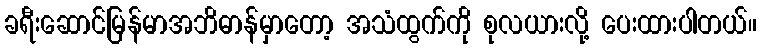
ခရီးဆောင်မြန်မာအဘိဓာန်မှာတော့ အသံထွက်ကို စုလယားလို့ ပေးထားပါတယ်။